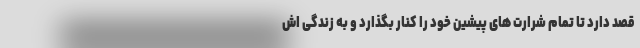
قصد دارد تا تمام شرارت های پیشین خود را کنار بگذارد و به زندگی اش